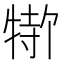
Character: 𬌣